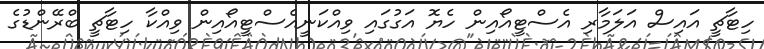
ހިޓާޗީ އައިސް އަލަމާރި އެސްޓީއޯއިން ހެޔޮ އަގުގައި ވިއްކަނީއެސްޓީއޯއިން ވިއްކާ ހިޓާޗީ ބްރޭންޑުގެ